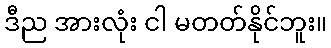
ဒီည အားလုံး ငါ မတတ်နိုင်ဘူး။